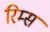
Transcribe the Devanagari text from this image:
रिम्स